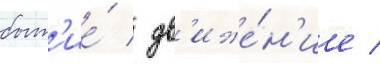
быт'ие́ / дв'иже́н'ие /